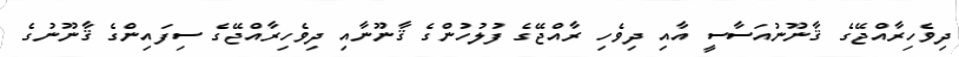
ދިވެހިރާއްޖޭގެ ޤާނޫނުއަސާސީ އާއި ދިވެހި ރާއްޖޭގެ ފުލުހުންގެ ޤާނޫނާއި ދިވެހިރާއްޖޭގެ ސިފައިންގެ ޤާނޫނުގެ